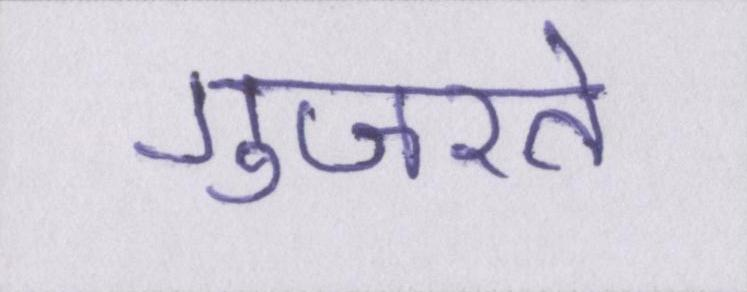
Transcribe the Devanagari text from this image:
गुजरते